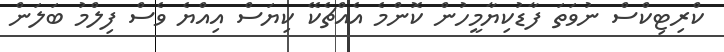
ކްރިޓިކްސް ނުވަތަ ފާޑުކިޔާމީހުން ކޮންމެ އެއްޗެކޭ ކިޔަސް އިއްޔެ ވެސް ފިލްމު ބަލަން